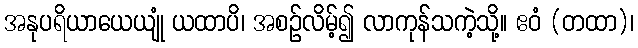
အနုပရိယာယေယျုံ ယထာပိ၊ အစဉ်လိမ့်၍ လာကုန်သကဲ့သို့။ ဧဝံ (တထာ)၊